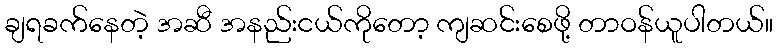
ချရခက်နေတဲ့ အဆီ အနည်းငယ်ကိုတော့ ကျဆင်းစေဖို့ တာဝန်ယူပါတယ်။